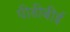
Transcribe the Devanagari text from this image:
पीडीबीई